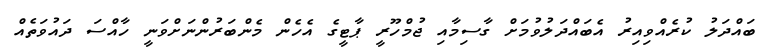
ބައްދަލު ކުރެއްވިއިރު އެބައްދަލުވުމަށް ގާސިމާއި ޖުމްހޫރީ ޕާޓީގެ އެހެން މެންބަރުންނަށްވަނީ ހާއްސަ ދައުވަތެއް